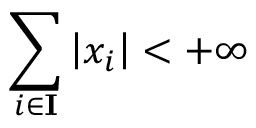
\sum _ { i \in \mathbf { I } } \left| x _ { i } \right| < + \infty